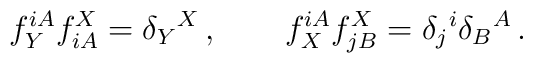
f_{Y}^{iA}  f_{iA}^X=\delta _Y{}^X\,,\qquad f_{X}^{iA}  f_{jB}^X=\delta   _j{}^i \delta _B{}^A\,.